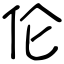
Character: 伦